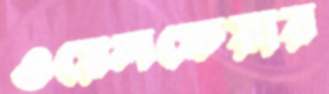
ওয়েলফেয়ার